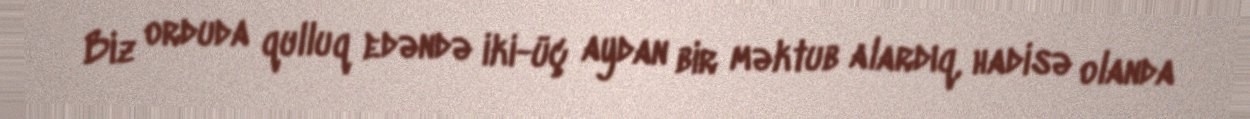
Biz orduda qulluq edəndə iki-üç aydan bir məktub alardıq, hadisə olanda